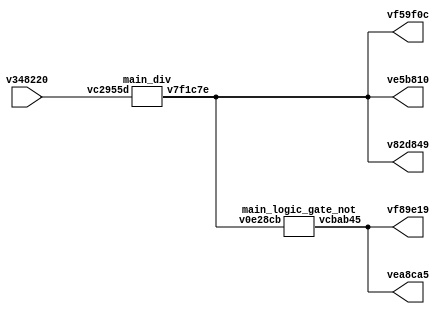
// Code generated by Icestudio 0.2.4-dev
// Sun, 18 Dec 2016 18:38:41 GMT

`default_nettype none

module main (
 input v348220,
 output vf59f0c,
 output ve5b810,
 output v82d849,
 output vf89e19,
 output vea8ca5
);
 wire w0;
 wire w1;
 wire w2;
 wire w3;
 wire w4;
 wire w5;
 wire w6;
 assign w0 = v348220;
 assign vf59f0c = w1;
 assign ve5b810 = w2;
 assign v82d849 = w3;
 assign vf89e19 = w5;
 assign vea8ca5 = w6;
 assign w2 = w1;
 assign w3 = w1;
 assign w3 = w2;
 assign w4 = w1;
 assign w4 = w2;
 assign w4 = w3;
 assign w6 = w5;
 main_div vde9df3 (
  .vc2955d(w0),
  .v7f1c7e(w1)
 );
 main_logic_gate_not ve3c009 (
  .v0e28cb(w4),
  .vcbab45(w5)
 );
endmodule

module main_div #(
 parameter v554616 = 12000000
) (
 input vc2955d,
 output v7f1c7e
);
 localparam p2 = v554616;
 wire w0;
 wire w1;
 assign w0 = vc2955d;
 assign v7f1c7e = w1;
 main_div_basic_code_v1a123e #(
  .M(p2)
 ) v1a123e (
  .clk_in(w0),
  .clk_out(w1)
 );
endmodule

module main_div_basic_code_v1a123e #(
 parameter M = 0
) (
 input clk_in,
 output clk_out
);
 // Div 12MHz / M
 
 localparam N = $clog2(M);
 
 reg [N-1:0] c = 0;
 
 always @(posedge clk_in)
   c <= (c == M - 1) ? 0 : c + 1;
 
 assign clk_out = c[N-1];
endmodule

module main_logic_gate_not (
 input v0e28cb,
 output vcbab45
);
 wire w0;
 wire w1;
 assign w0 = v0e28cb;
 assign vcbab45 = w1;
 main_logic_gate_not_basic_code_vd54ca1 vd54ca1 (
  .a(w0),
  .c(w1)
 );
endmodule

module main_logic_gate_not_basic_code_vd54ca1 (
 input a,
 output c
);
 // NOT logic gate
 
 assign c = ~ a;
endmodule